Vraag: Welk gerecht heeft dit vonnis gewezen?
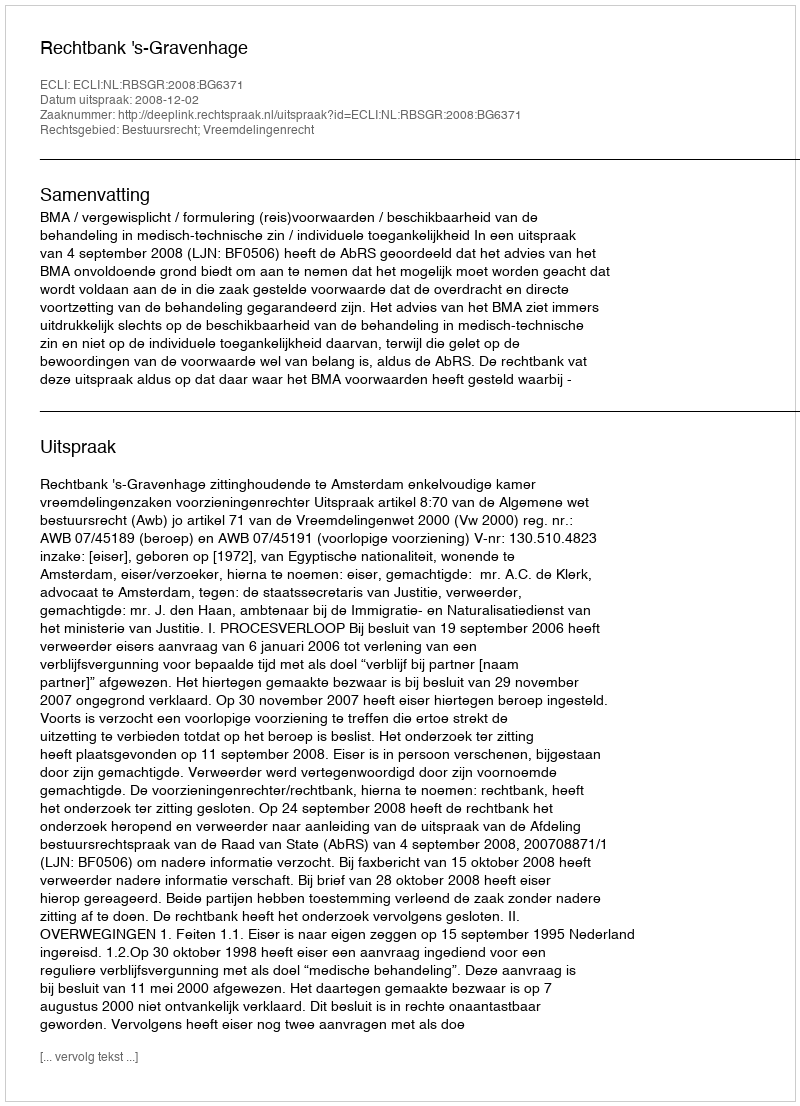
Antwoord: Rechtbank 's-Gravenhage